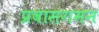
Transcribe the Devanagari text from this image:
प्रवासगमन